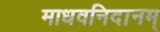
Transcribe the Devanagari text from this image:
माधवनिदानम्